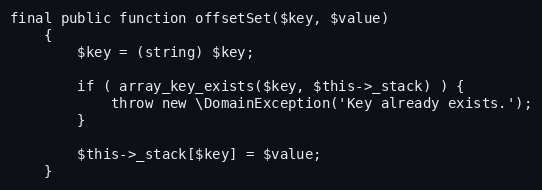
Language: PHP
final public function offsetSet($key, $value)
	{
		$key = (string) $key;

		if ( array_key_exists($key, $this->_stack) ) {
			throw new \DomainException('Key already exists.');
		}

		$this->_stack[$key] = $value;
	}